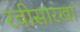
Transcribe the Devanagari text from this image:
रवीसारखा